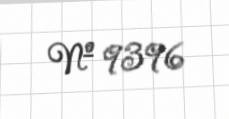
№ 9396